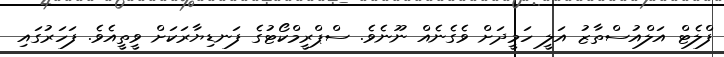
ފްލެޓް އަލްއުސްތާޒު އަލީ ހަމީދަށް ވެގެނެއް ނޫނެވެ. ސްޕްރީމްކޯޓުގެ ފަނޑިޔާރަކަށް ވީތީއެވެ. ފަހަރުގައި